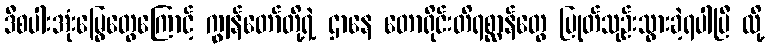
ဒီစပါးအုံးမြွေတွေကြောင့် ကျွန်တော်တို့ရဲ့ ဌာနေ တောရိုင်းတိရစ္ဆာန်တွေ ပြုတ်သုဉ်းသွားခဲ့ရပါပြီ လို့